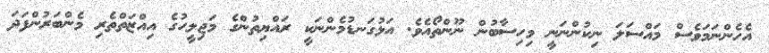
އެހެންނަމަވެސް މައްސަލަ ނިކުންނަނީ މިހިސާބުން ނޫންތޯއެވެ. އަޅުގަނޑުމެންނަކީ ރައްޔިތުންގެ މަޖިލީހުގެ އިއްޒަތްތެރި މެންބަރުންފަދަ